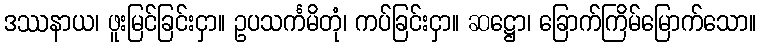
ဒဿနာယ၊ ဖူးမြင်ခြင်းငှာ။ ဥပသင်္ကမိတုံ၊ ကပ်ခြင်းငှာ။ ဆဋ္ဌော၊ ခြောက်ကြိမ်မြောက်သော။